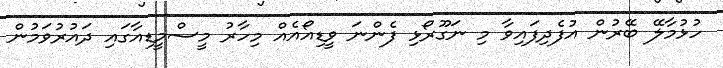
ހުޅުމާލޭ ބޭރުން އުފެދިފައިވާ މި ނަގޫރޯޅި ފެންނަ ވީޑިއޯއެއް މިހާރު މީސްމީޑިއާގައި ދައުރުވަމުން